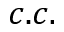
c . c .